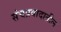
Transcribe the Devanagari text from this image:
संचप्रवादातील